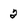
Character: 2